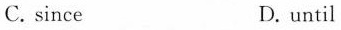
C. since D. until